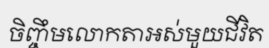
ចិញ្ចឹមលោកតាអស់មួយជីវិត